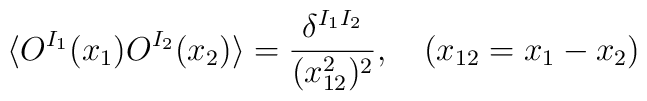
\langle O^{I_1}(x_1)  O^{I_2}(x_2) \rangle = \frac{\delta^{I_1 I_2}}{(x_{12}^2)^2}, \quad (x_{12} = x_1-x_2)